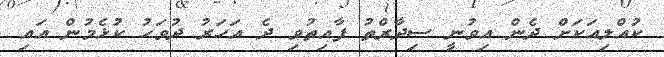
ކުއްލިއަކަށް ދެން އިވުނީ ސިދާރްތު ފާއިތުވި ދެ އަހަރު ދުވަހު ކުޅެމުން އައި